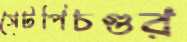
সেটপিচগুর